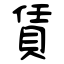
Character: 賃